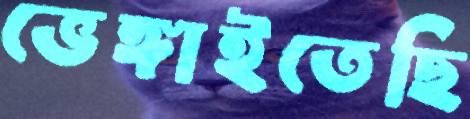
ভেঙ্গাইতেছি